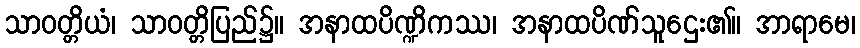
သာဝတ္တိယံ၊ သာဝတ္တိပြည်၌။ အနာထပိဏ္ဍိကဿ၊ အနာထပိဏ်သူဌေး၏။ အာရာမေ၊